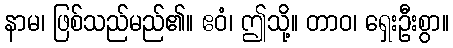
နာမ၊ ဖြစ်သည်မည်၏။ ဧဝံ၊ ဤသို့။ တာဝ၊ ရှေးဦးစွာ။